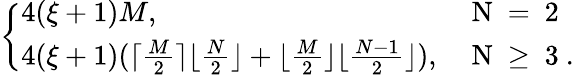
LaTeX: \left\{ \begin{array}{ll}{4(\xi+1)M,}&{\mathrm{~N~=~2~}}\\ {4(\xi+1)(\lceil\frac{M}{2}\rceil\lfloor\frac{N}{2}\rfloor+\lfloor\frac{M}{2}\rfloor\lfloor\frac{N-1}{2}\rfloor),}&{\mathrm{~N~\geq~3~.~}}\end{array}\right.